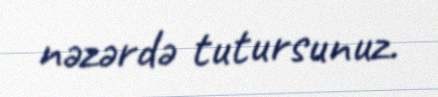
nəzərdə tutursunuz.